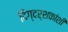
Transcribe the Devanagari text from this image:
दिग्दर्शकांशी